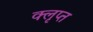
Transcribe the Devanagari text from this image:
क्लृप्त